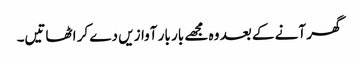
گھر آنے کے بعد وہ مجھے بار بار آوازیں دے کر اٹھاتیں۔